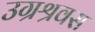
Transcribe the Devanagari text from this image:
उग्रश्रवस